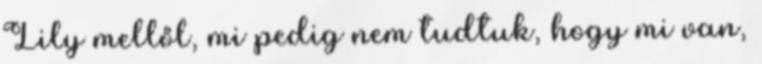
Lily mellől, mi pedig nem tudtuk, hogy mi van,